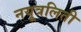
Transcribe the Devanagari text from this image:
नयूत्रलिती